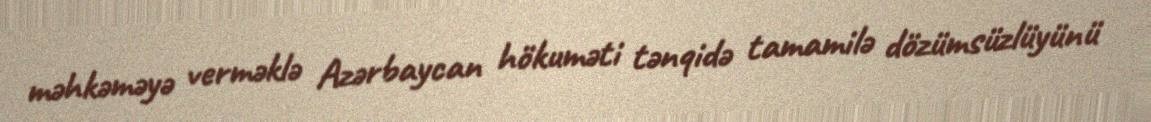
məhkəməyə verməklə Azərbaycan hökuməti tənqidə tamamilə dözümsüzlüyünü